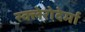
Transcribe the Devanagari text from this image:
स्क्लेरोदेर्मा